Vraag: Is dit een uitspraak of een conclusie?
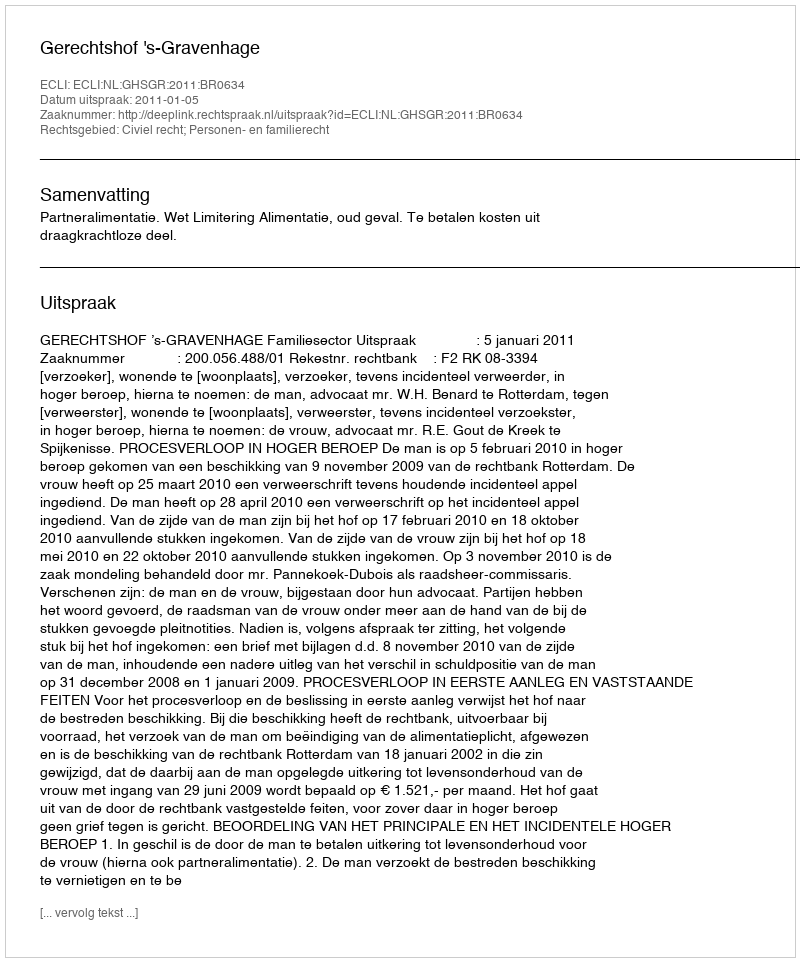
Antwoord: Uitspraak